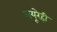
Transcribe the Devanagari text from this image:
मयूरेही